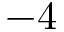
- 4